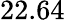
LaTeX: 22.64